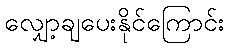
လျှော့ချပေးနိုင်ကြောင်း